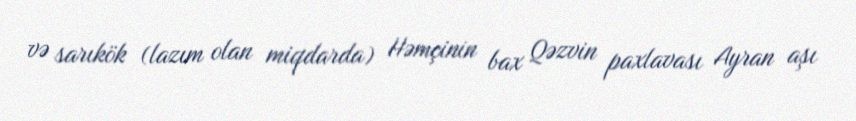
və sarıkök (lazım olan miqdarda) Həmçinin bax Qəzvin paxlavası Ayran aşı